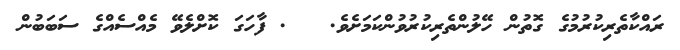
ރައްކާތެރިކުރުމުގެ ގޮތުން ހޭލުންތެރިކުރުވުންކަމަށެވެ.   . ފާހަގަ ކޮށްލެވޭ މެއްސެއްގެ ސަބަބުން